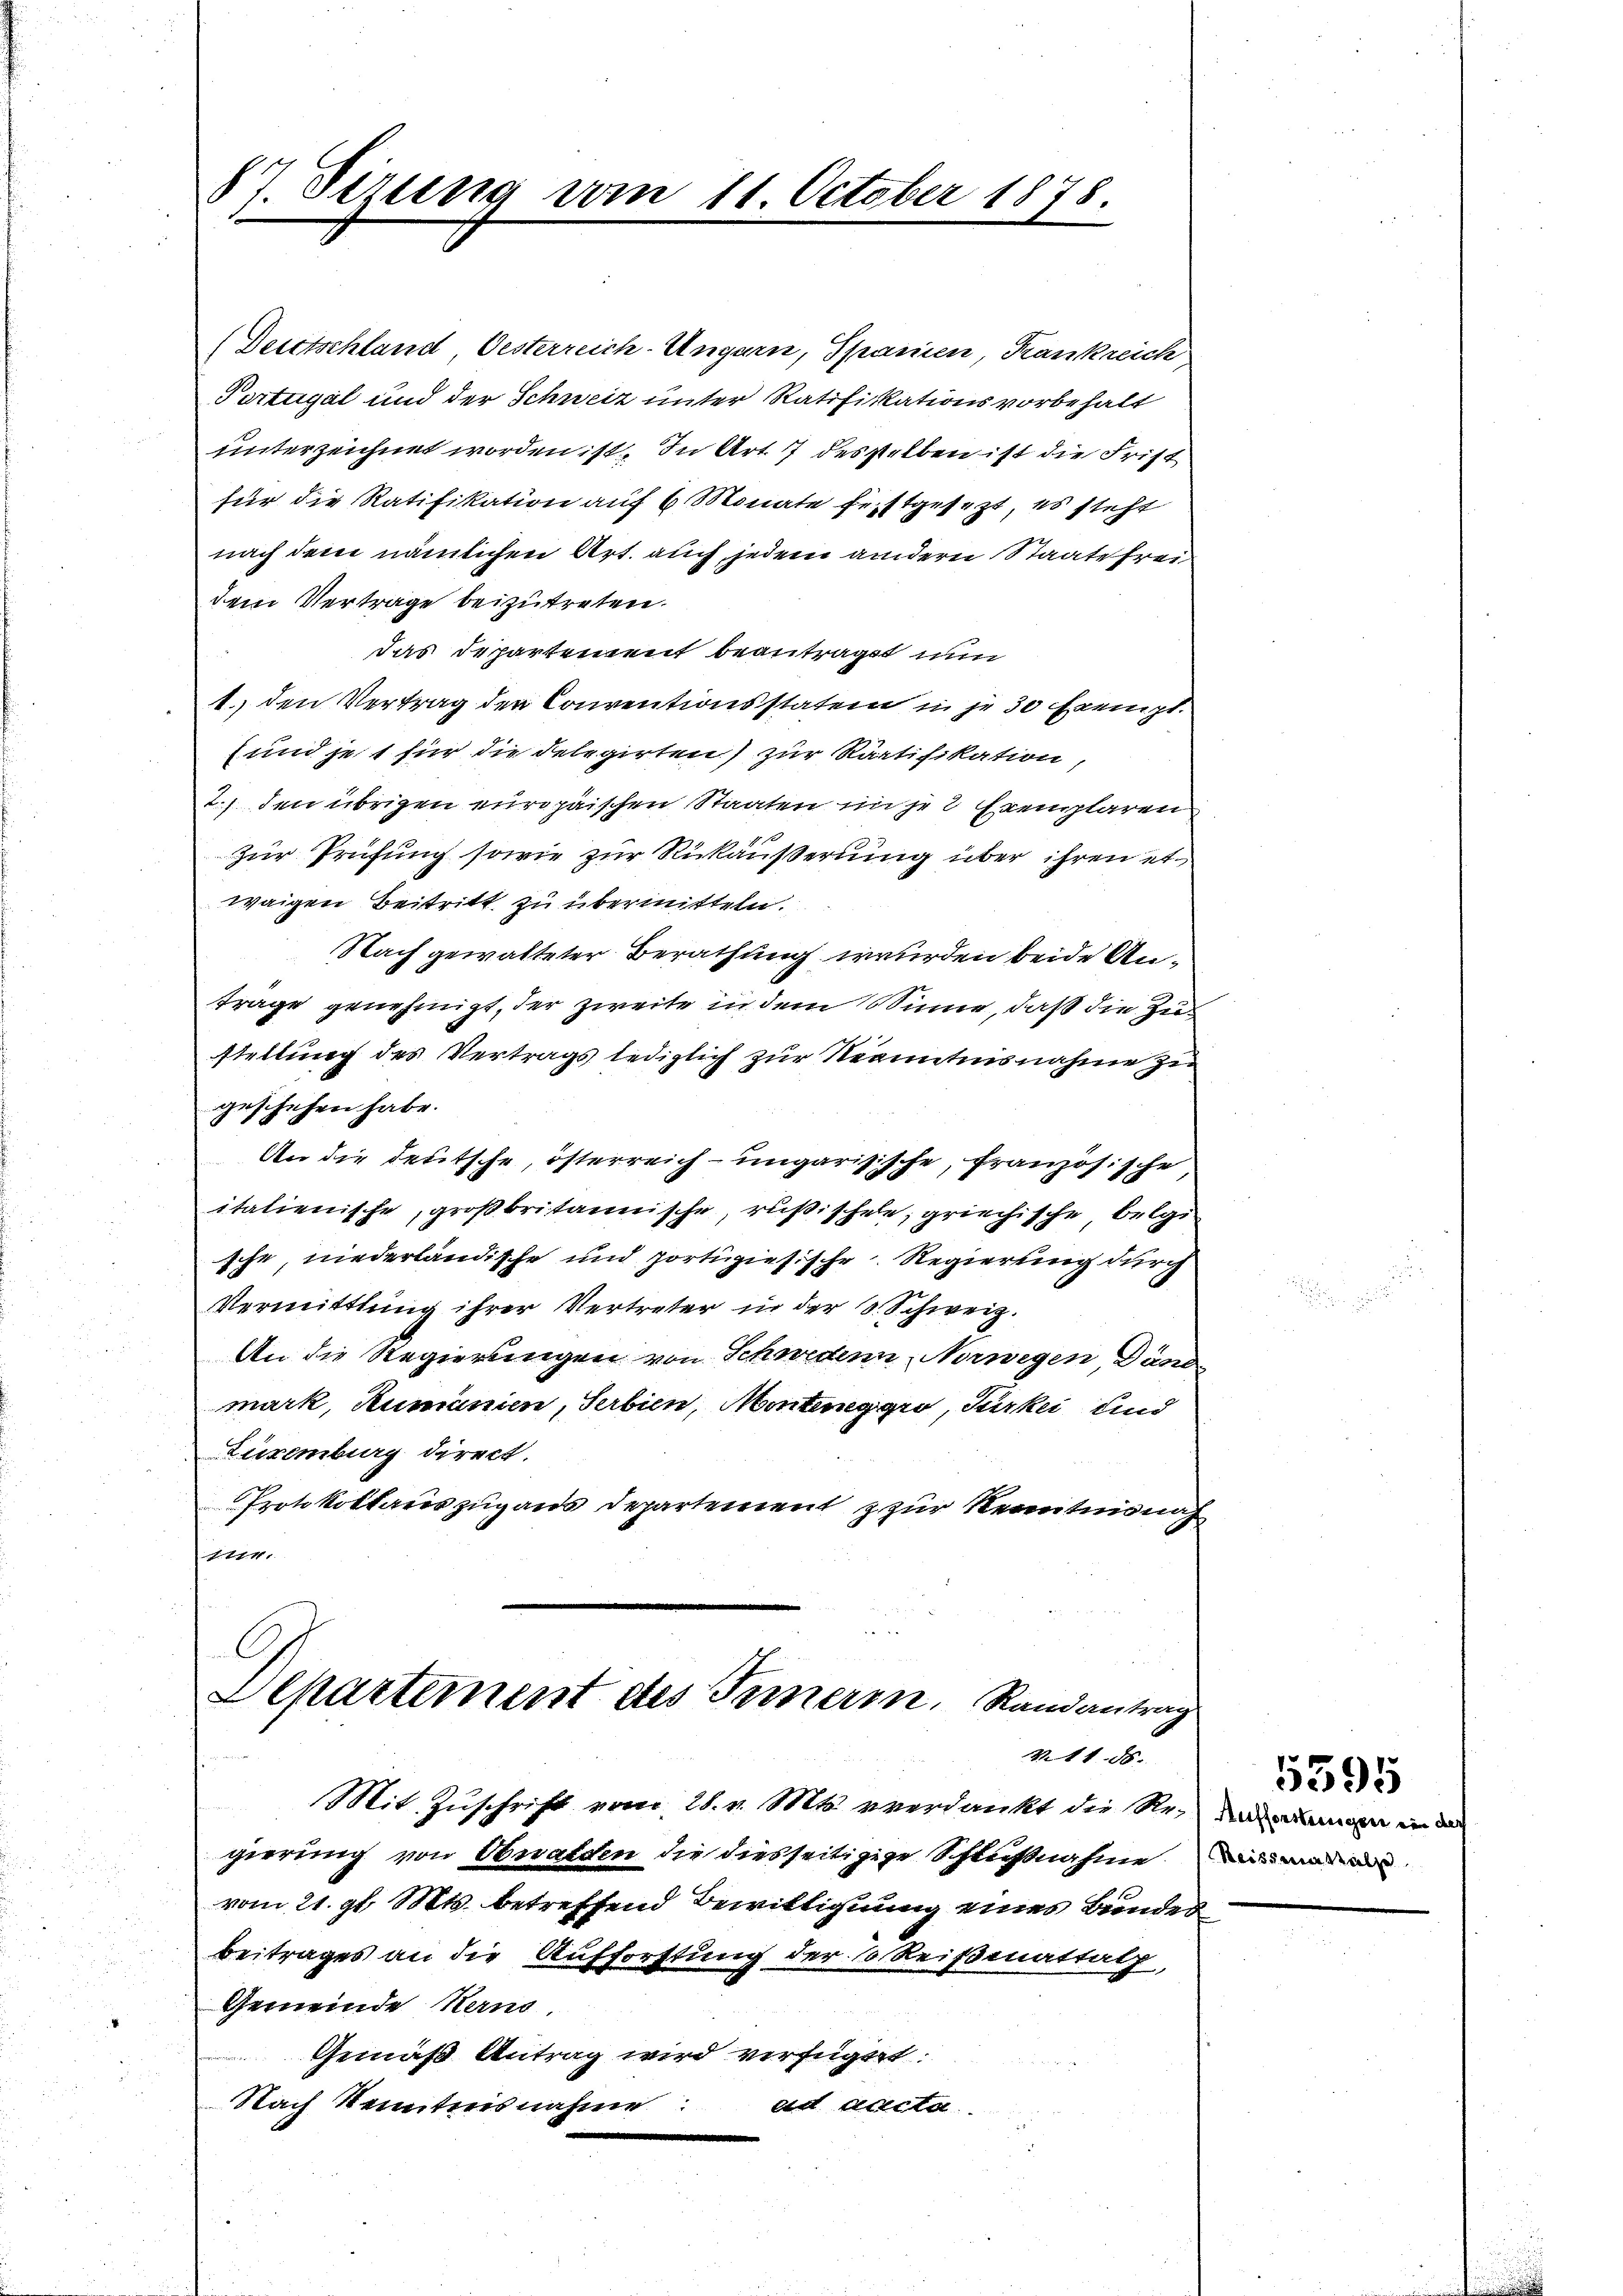
84 Sirung vom 11. October 1878.

Deittschland Oesterreich-Ungarn, Spanien, Krankreich
Portugal und der Schweiz unter Ratifikationsvorbehalt
unterzeichnet worden ist. In Art. 7 desselben ist die Frist
für die Ratifikation auf 6 Monate festgesezt, es steht
nach dem nämlichen Art. auch jedem andere Staate frei
dem Vertrage beizutreten.
das Departement beantragt nun
1.) den Vertrag der Conventionsstatem in je 50 Exempt.
und je 1 für die delegirten) zur Ratifikation,
2.) den übrigen europäischen Staaten in je 2 Exemplaren
zur Prüfung sowie zur Rückäußerung über ihren etwaigen Beitritt zu übermitteln.
Nach gewalteter Berathung wurden beide Untrage genehmigt, der zweite in dem Sinne, daß die Zustellung des Vertrags lediglich zur Kenntnisnahme zu
geschehen habe.
An die deutsche, österreich- ungarisische, französische
italienische, großbritannische, rußischeln, griechische, belgi
sche niederländische und portiziesische Regierung durch
Vermittlung ihrer Vertreter in der S. Schweiz.
An die Regierungen von Schwedenn Norwegen, Dänd
mark, Rumanien, Serbien, Monteneggio, Türkei und
Luxenburg direct.
Protokollauszug aus Departement zur Kenntnisnah
1114.

Departement des Inneren Randantrag
V.11. 58.
Mit Zuschrift vom 28. v. Mts. verdankt die Revangen in de

gierung von Obwalden die diesseitigige Schlußnahme mit man aus
vom 21. gl. Mts. betreffend Bewilligung eines Bundes
Beitrages an die Aufforstung der 1 Reißmattalp,
Gemeinde Harus,
Gemäß Antrag wird verfüget.
Nach Kenntnisnahme:
ad Acta

5595